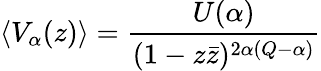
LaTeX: \left\langle V_{\alpha}(z)\right\rangle=\frac{U(\alpha)}{(1-z\bar{z})^{2\alpha(Q-\alpha)}}